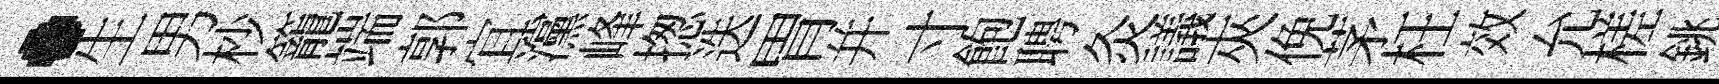
·生男杪籠端郭宜灙峰揔迭胃幷寸飽聘灸議夾俛茅枉效允槎銚